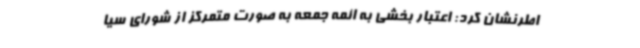
اطرنشان کرد: اعتبار بخشی به ائمه جمعه به صورت متمرکز از شورای سیا